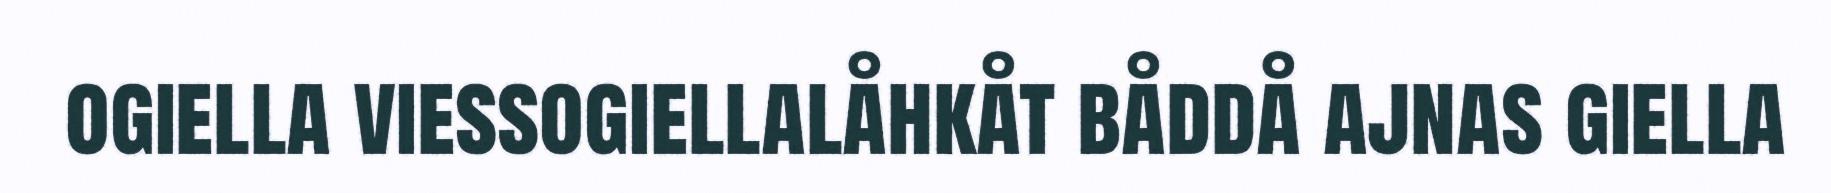
ogiella viessogiellalåhkåt båddå ajnas giella